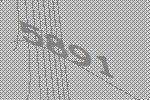
5891